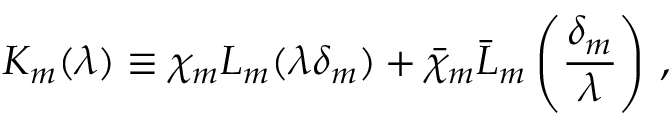
K _ { m } ( \lambda ) \equiv \chi _ { m } L _ { m } ( \lambda \delta _ { m } ) + \bar { \chi } _ { m } \bar { L } _ { m } \left( \frac { \delta _ { m } } { \lambda } \right) \, ,